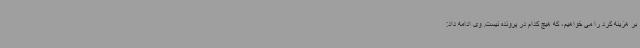
بر هزینه کرد را می خواهیم، که هیچ کدام در پرونده نیست. وی ادامه داد: